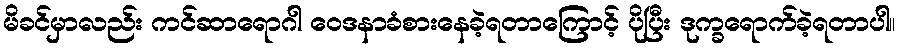
မိခင်မှာလည်း ကင်ဆာရောဂါ ဝေဒနာခံစားနေခဲ့ရတာကြောင့် ပိုပြီး ဒုက္ခရောက်ခဲ့ရတာပါ။